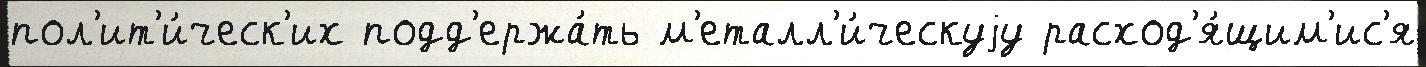
пол'ит'и́ческ'их подд'ержа́ть м'еталл'и́ческуjу расход'я́щим'ис'я